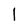
Character: l